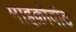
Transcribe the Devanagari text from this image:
माइक्रोवॉट